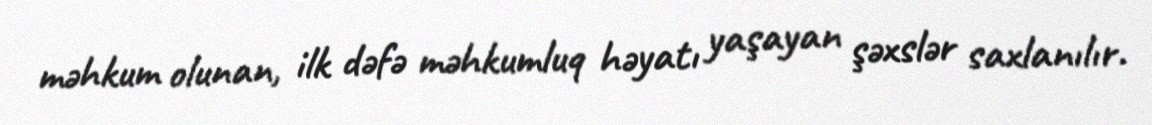
məhkum olunan, ilk dəfə məhkumluq həyatı yaşayan şəxslər saxlanılır.